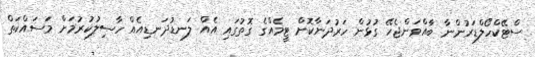
ސްޓޭކްހޯލްޑަރުންނާ ބާއްވަންޖެހޭ ގުޅުން ހަރުދަނާކޮށް ޓީމެއްގެ ގޮތުގައި އެއް ލަނޑުދަނޑިއެއް ހާސިލުކުރުމަށް މަސައްކަތް